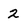
Character: 2